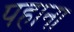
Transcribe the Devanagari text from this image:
पहाना